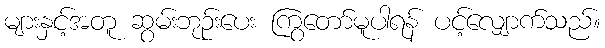
များနှင့်အတူ ဆွမ်းဘုဉ်းပေး ကြွတော်မူပါရန် ပင့်လျှောက်သည်။